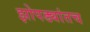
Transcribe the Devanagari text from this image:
झोपड्यांतच